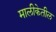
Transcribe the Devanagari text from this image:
मालीकेतील